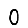
Digit: 0